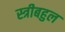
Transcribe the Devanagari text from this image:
स्त्रीबहुल